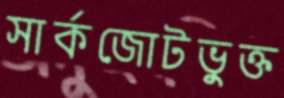
সার্কজোটভুক্ত